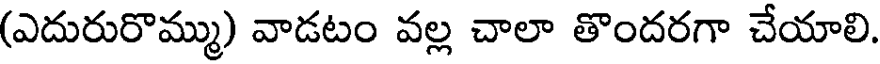
(ఎదురురొమ్ము) వాడటం వల్ల చాలా తొందరగా చేయాలి.